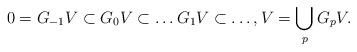
LaTeX: \begin{align*} 0=G_{-1}V\subset G_0 V\subset \dots G_1 V\subset \dots,V=\bigcup_p G_p V. \end{align*}